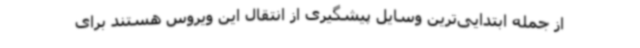
از جمله ابتدایی‌ترین وسایل پیشگیری از انتقال این ویروس هستند برای